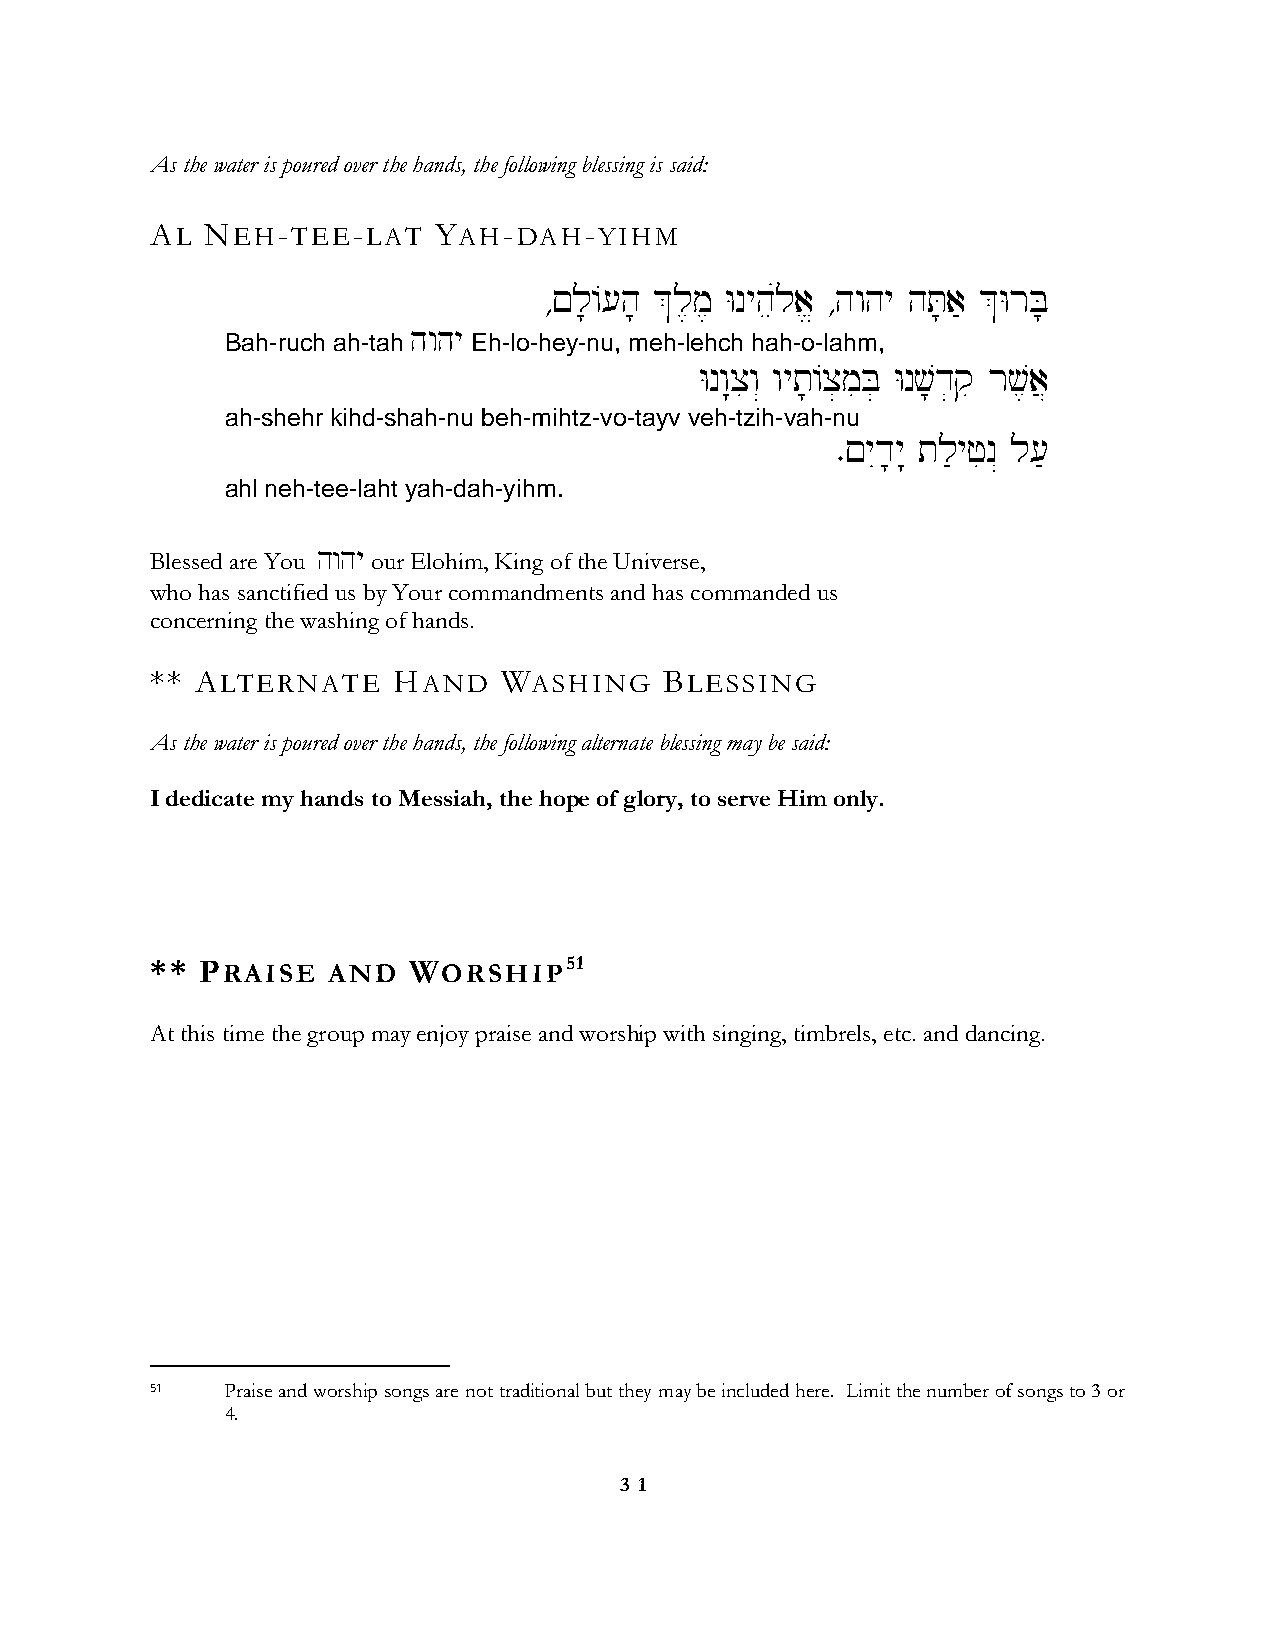
As the water is poured over the hands, the following blessing is said:
 AL  NEH-TEE-LAT    YAH-DAH-YIHM
 ∆!l;/[h; &l,m, Wnyheúla> ∆hwhy hT;a' &WrB;
 hwhy
 Bah-ruch ah-tah Eh-lo-hey-nu, meh-lehch hah-o-lahm,
 Wnw:xiw“ wyt;/x]miB] Wnv;d]qi rv,a}
 ah-shehr kihd-shah-nu beh-mihtz-vo-tayv veh-tzih-vah-nu
 ∑!yId;y: tl'yfin“ l['
 ahl neh-tee-laht yah-dah-yihm.
 Blessed are You hwhy our Elohim, King of the Universe,
 who has sanctified us by Your commandments and has commanded us
 concerning the washing of hands.
 ** ALTERNATE    HAND   WASHING    BLESSING
 As the water is poured over the hands, the following alternate blessing may be said:
 I dedicate my hands to Messiah, the hope of glory, to serve Him only.
 ** PRAISE   AND  WORSHIP51
 At this time the group may enjoy praise and worship with singing, timbrels, etc. and dancing.
 51   Praise and worship songs are not traditional but they may be included here. Limit the number of songs to 3 or
 4.
 3 1